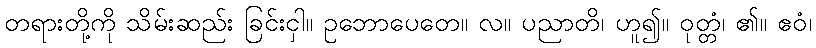
တရားတို့ကို သိမ်းဆည်း ခြင်းငှါ။ ဥဘောပေတေ။ လ။ ပညာတိ၊ ဟူ၍။ ဝုတ္တံ၊ ၏။ ဧဝံ၊